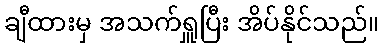
ချီထားမှ အသက်ရှူပြီး အိပ်နိုင်သည်။